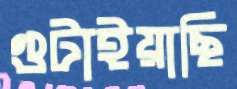
গুটাইয়াছি